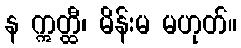
န ဣတ္ထီ၊ မိန်းမ မဟုတ်။